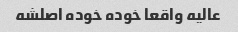
عالیه واقعا خوده خوده اصلشه